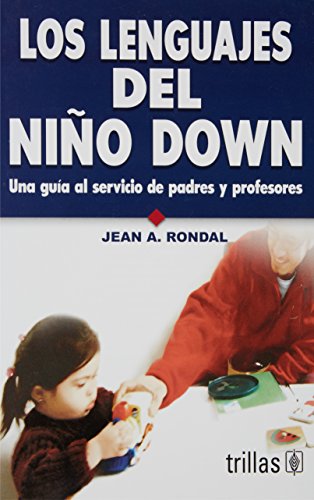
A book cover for Los lenguajes del niÃ±o down / The Languages of the Child with Down Syndrome: Una guÃ­a al servicio de padres y profesores / A Guide for Parents and Teachers (Spanish Edition); Jean A. Rondal; Health, Fitness & Dieting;